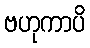
ဗဟုကာပိ